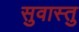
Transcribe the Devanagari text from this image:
सुवास्तु